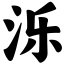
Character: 泺